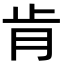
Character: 肯